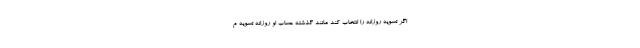
اگر تسویه روزانه را انتخاب کند مانند گذشته حساب او روزانه تسویه م